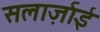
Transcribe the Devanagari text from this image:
सलार्ज़ाई